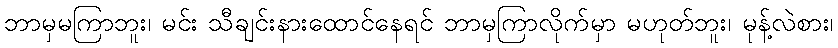
ဘာမှမကြာဘူး၊ မင်း သီချင်းနားထောင်နေရင် ဘာမှကြာလိုက်မှာ မဟုတ်ဘူး၊ မုန့်လဲစား၊